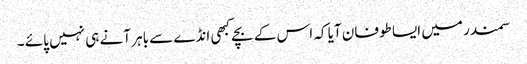
سمندر میں ایسا طوفان آیا کہ اس کے بچے کبھی انڈے سے باہر آنے ہی نہیں پائے ۔